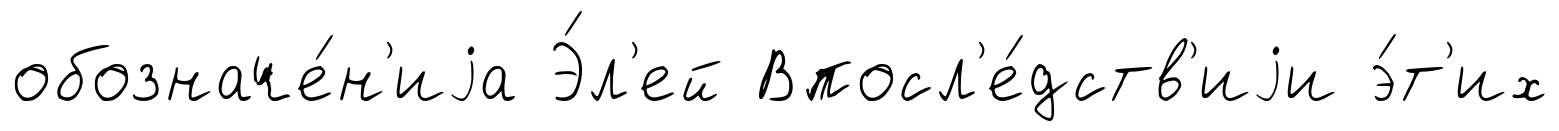
обозначе́н'иjа Э́л'ей Впосл'е́дств'иjи э́т'их